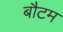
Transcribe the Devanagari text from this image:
बौटम